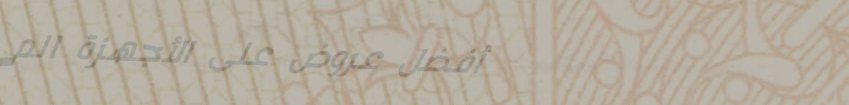
أفضل عروض على الأجهزة الم